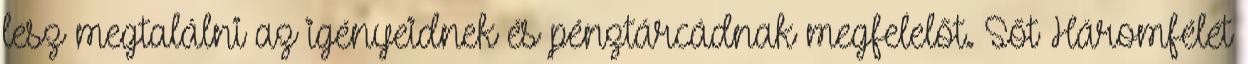
lesz megtalálni az igényeidnek és pénztárcádnak megfelelőt. Sőt Háromfélét